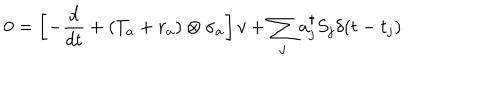
LaTeX: 0 = \left[ - { \frac { d } { d t } } + ( { T _ { a } } + { r _ { a } } ) \otimes { \sigma _ { a } } \right] v + \sum _ { j } a _ { j } ^ { \dagger } S _ { j } \delta ( t - t _ { j } )